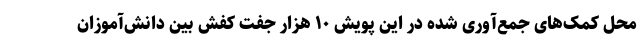
محل کمک‌های جمع‌آوری شده در این پویش ۱۰ هزار جفت کفش بین دانش‌آموزان